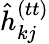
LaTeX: \hat{h}_{kj}^{(tt)}